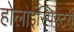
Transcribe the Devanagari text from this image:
होलोइंस्पिरेटरी